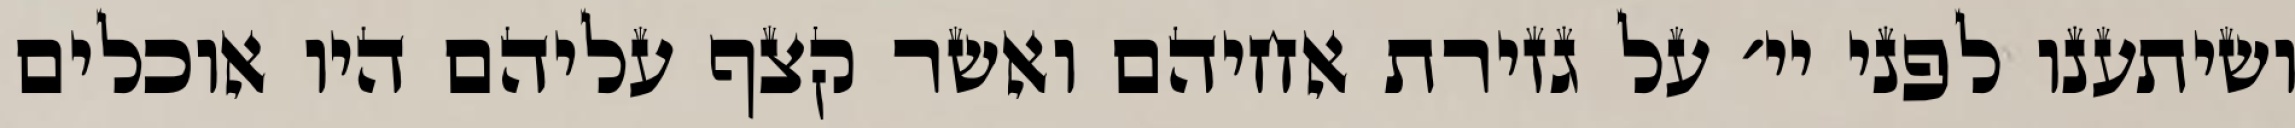
ושיתענו לפני יי׳ על גזירת אחיהם ואשר קצף עליהם היו אוכלים